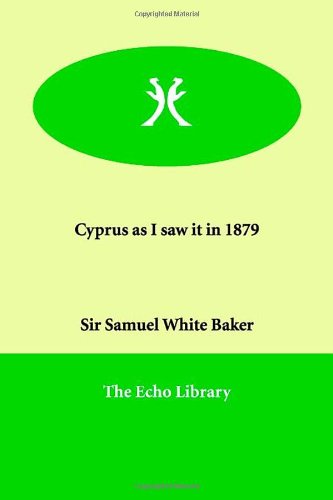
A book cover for Cyprus as I Saw It in 1879; Samuel White Baker; Travel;